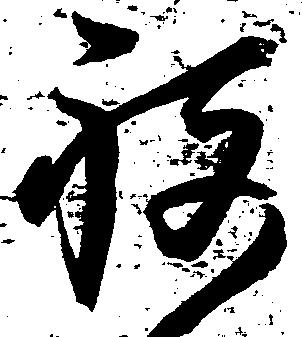
祝